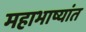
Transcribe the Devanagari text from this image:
महाभाष्यांत